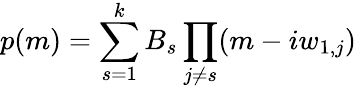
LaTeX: p(m)=\sum_{s=1}^{k}B_{s}\prod_{j\ne s}(m-iw_{1,j})